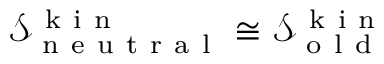
\mathcal { S } _ { \mathrm { ~ n ~ e ~ u ~ t ~ r ~ a ~ l ~ } } ^ { \mathrm { ~ k ~ i ~ n ~ } } \cong \mathcal { S } _ { \mathrm { ~ o ~ l ~ d ~ } } ^ { \mathrm { ~ k ~ i ~ n ~ } }